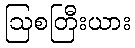
ဩစတြီးယား